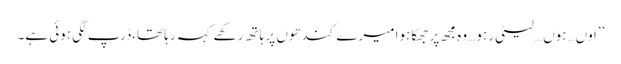
’’اوں…ہوں…لیٹی رہو… وہ مجھ پر جھکا ہوا میرے کندھوں پر ہاتھ رکھے کہہ رہا تھا،ڈرپ لگی ہوئی ہے۔